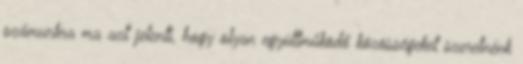
számunkra ma azt jelenti, hogy olyan együttműködő közösségeket szeretnénk